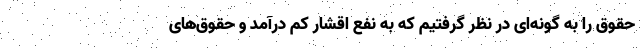
حقوق را به گونه‌ای در نظر گرفتیم که به نفع اقشار کم درآمد و حقوق‌های